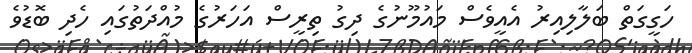
ހަގީގަތް ބަލާލިއިރު އެއީވެސް މައުމޫނުގެ ދިގު ތިރީސް އަހަރުގެ މުއްދަތުގައި ހެދި ބޮޑުވެ